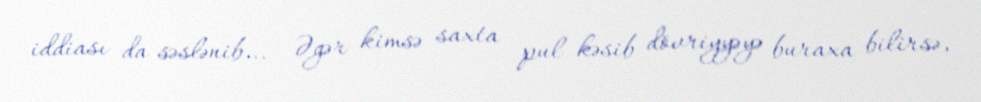
iddiası da səslənib... - Əgər kimsə saxta pul kəsib dövriyyəyə buraxa bilirsə,